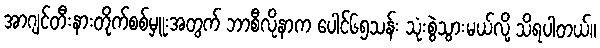
အာဂျင်တီးနားတိုက်စစ်မှူးအတွက် ဘာစီလိုနာက ပေါင်၆၅သန်း သုံးစွဲသွားမယ်လို့ သိရပါတယ်။